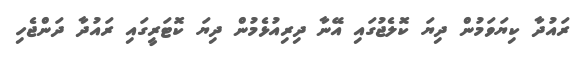
ރައުދާ ކިޔަވަމުން ދިޔަ ކޮލެޖުގައި އޭނާ ދިރިއުޅެމުން ދިޔަ ކޮޓަރީގައި ރައުދާ ދަންޖެހި